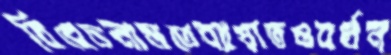
বিবেচনামতেব্যাঘাতওবর্ধন